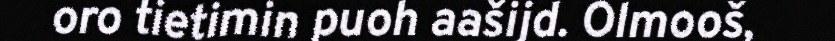
oro tietimin puoh aašijd. Olmooš,